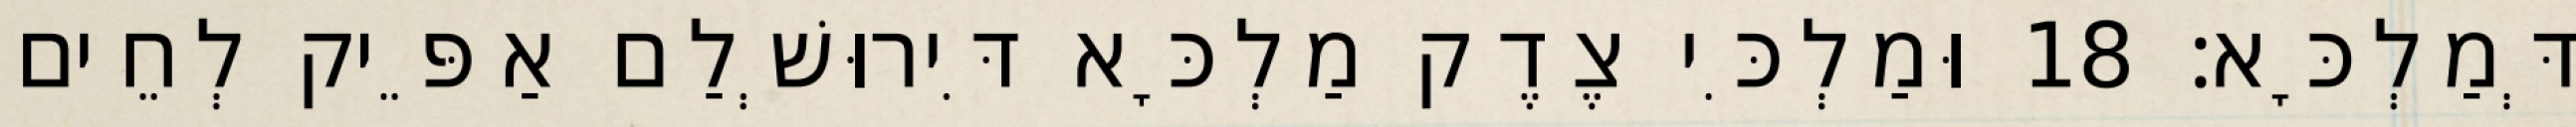
דְּמַלְכָּא׃ 18 וּמַלְכִּי צֶדֶק מַלְכָּא דִּירוּשְׁלַם אַפֵּיק לְחֵים